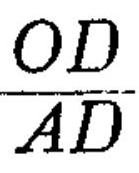
\frac{OD}{AD}